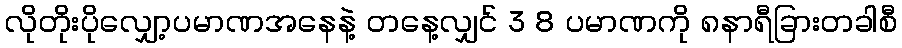
လိုတိုးပိုလျှော့ပမာဏအနေနဲ့ တနေ့လျှင် 3 8 ပမာဏကို ၈နာရီခြားတခါစီ